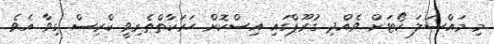
މި މައްސަލަ ކޯޓަށް ވެއްދި ގުރޫޕްގައި އިސްކޮށް ހަރަކާތްތެރިވީ ކްރިސް ގިވާ އެވެ.